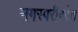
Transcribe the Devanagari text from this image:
नगरपरीषदेत